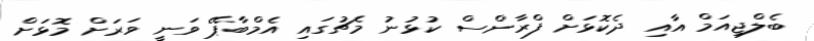
ބެލްޖިއަމް އާއި ދެކޮޅަށް ފްރާންސް ކުޅުނު މެޗުގައި އެމްބާޕޭ ވަނީ ވަރަށް މޮޅަށް